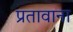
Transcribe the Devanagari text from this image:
प्रतावाना